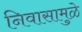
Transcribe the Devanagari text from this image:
निवासामुळे